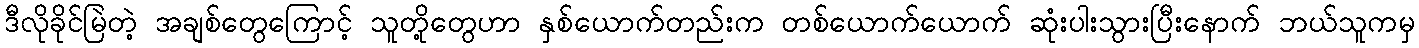
ဒီလိုခိုင်မြဲတဲ့ အချစ်တွေကြောင့် သူတို့တွေဟာ နှစ်ယောက်တည်းက တစ်ယောက်ယောက် ဆုံးပါးသွားပြီးနောက် ဘယ်သူကမှ